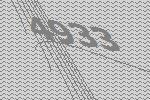
4933